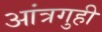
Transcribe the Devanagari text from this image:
आंत्रगुही